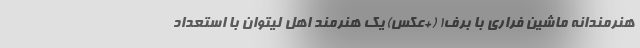
هنرمندانه ماشین فِراری با برف! (+عکس) یک هنرمند اهل لیتوان با استعداد